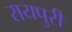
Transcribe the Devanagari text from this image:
रायपुरी